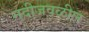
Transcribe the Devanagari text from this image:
नदीजवळील